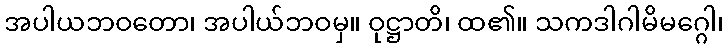
အပါယဘဝတော၊ အပါယ်ဘဝမှ။ ဝုဋ္ဌာတိ၊ ထ၏။ သကဒါဂါမိမဂ္ဂေါ၊